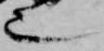
也